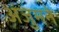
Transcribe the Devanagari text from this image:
अंजुमने